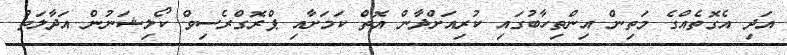
އަދި އެގޮތެއްގެ މަތިން އިންތިހާބުގައި ކުރިއަށްދާން އޮތް ކަމަށާއި ޕްރޮގްރެސިވް ކޯލިޝަނުން އަދާލަތު